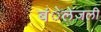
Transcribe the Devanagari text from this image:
बंेलेजली